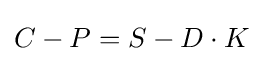
C-P=S-D\cdot K